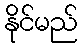
နိုင်မည်